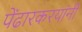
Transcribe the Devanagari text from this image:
पेंढारकरयांनी